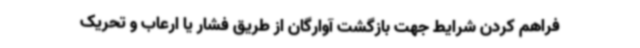
فراهم کردن شرایط جهت بازگشت آوارگان از طریق فشار یا ارعاب و تحریک